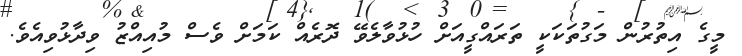
މީގެ އިތުރުން މަގުތަކަކީ ތަރައްގީއަށް ހުޅުވާލެވޭ ދޮރެއް ކަމަށް ވެސް މުއިއްޒު ވިދާޅުވިއެވެ.